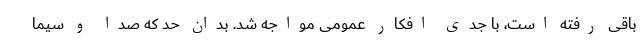
باقی رفته است، با جدی افکار عمومی مواجه شد. بدان حد که صدا و سیما